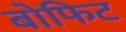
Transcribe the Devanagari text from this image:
बोफिट